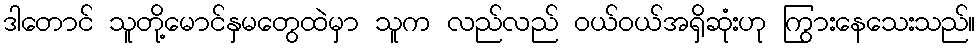
ဒါတောင် သူတို့မောင်နှမတွေထဲမှာ သူက လည်လည် ဝယ်ဝယ်အရှိဆုံးဟု ကြွားနေသေးသည်။